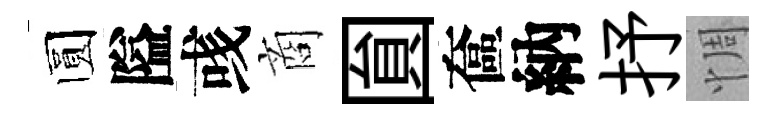
圆隘彧商圎奩納抒惆